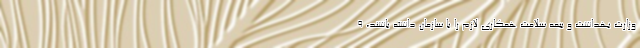
وزارت بهداشت و بیمه سلامت همکاری لازم را با سازمان داشته باشند، ۹